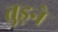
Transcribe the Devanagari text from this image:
तुड़ने